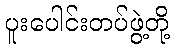
ပူးပေါင်းတပ်ဖွဲ့တို့